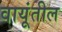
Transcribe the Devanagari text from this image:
वायूंतील